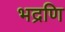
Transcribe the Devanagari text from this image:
भद्रणि